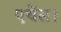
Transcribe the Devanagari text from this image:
एथेंस।